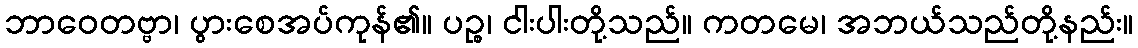
ဘာဝေတဗ္ဗာ၊ ပွားစေအပ်ကုန်၏။ ပဉ္စ၊ ငါးပါးတို့သည်။ ကတမေ၊ အဘယ်သည်တို့နည်း။